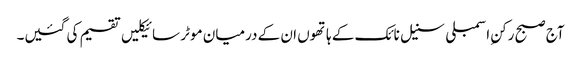
آج صبح رکنِ اسمبلی سنیل نائک کے ہاتھوں ان کے درمیان موٹر سائیکلیں تقسیم کی گئیں۔